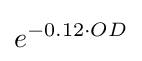
e^{-0.12\cdot OD}